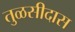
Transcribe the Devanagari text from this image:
तुळसीदास